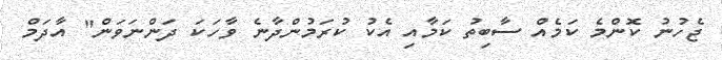
ޖެހުނު ކޮންމެ ކަމެއް ސާބިތު ކަމާއި އެކު ކުރަމުންދާނެ ވާހަކަ ދަންނަވަން" އާދަމް